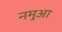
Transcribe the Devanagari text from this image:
नमुआ